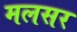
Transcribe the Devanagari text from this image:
मलसर